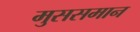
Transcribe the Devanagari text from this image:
मुससमान